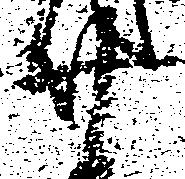
廿